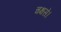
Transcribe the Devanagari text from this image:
चक्षसे।